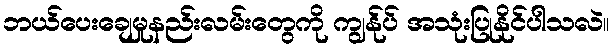
ဘယ်ပေးချေမှုနည်းလမ်းတွေကို ကျွန်ုပ် အသုံးပြုနိုင်ပါသလဲ။